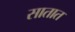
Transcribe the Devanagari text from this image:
सातात